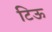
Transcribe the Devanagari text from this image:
टिऊ